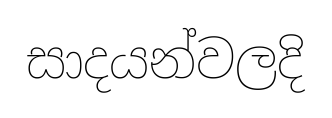
සාදයන්වලදි